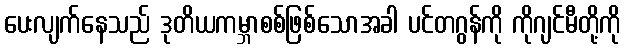
ပေးလျက်နေသည် ဒုတိယကမ္ဘာစစ်ဖြစ်သောအခါ ပင်တဂွန်ကို ကိုဂျင်မီတို့ကို